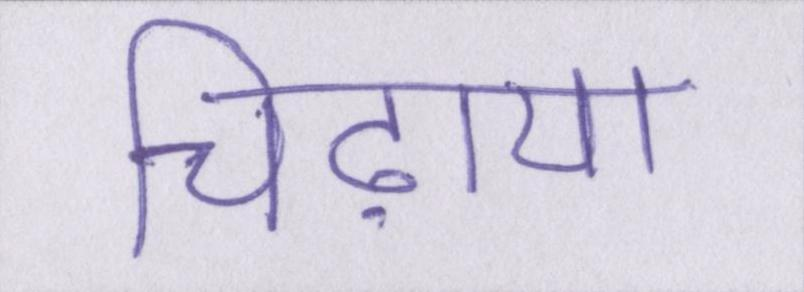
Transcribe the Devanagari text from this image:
चिढ़ाया